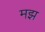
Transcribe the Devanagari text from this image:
मझ